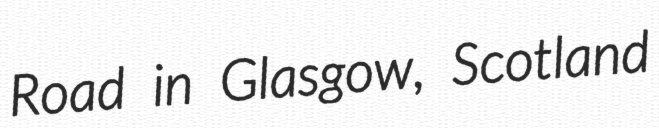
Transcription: Road in Glasgow, Scotland